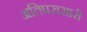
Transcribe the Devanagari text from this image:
अतिपरासारी